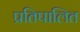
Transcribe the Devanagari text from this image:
प्रतिपालित